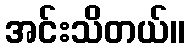
အင်းသိတယ်။